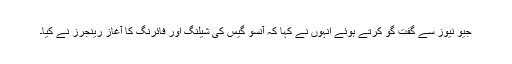
جیو نیوز سے گفت گو کرتے ہوئے انہوں نے کہا کہ آنسو گیس کی شیلنگ اور فائرنگ کا آغاز رینجرز نے کیا۔